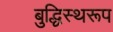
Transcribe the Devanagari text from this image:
बुद्धिस्थरूप